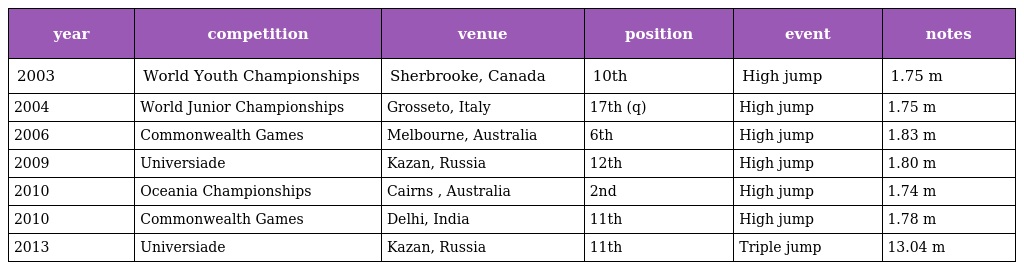
| year | competition | venue | position | event | notes |
 | --- | --- | --- | --- | --- | --- |
 | 2003 | World Youth Championships | Sherbrooke, Canada | 10th | High jump | 1.75 m |
 | 2004 | World Junior Championships | Grosseto, Italy | 17th (q) | High jump | 1.75 m |
 | 2006 | Commonwealth Games | Melbourne, Australia | 6th | High jump | 1.83 m |
 | 2009 | Universiade | Kazan, Russia | 12th | High jump | 1.80 m |
 | 2010 | Oceania Championships | Cairns , Australia | 2nd | High jump | 1.74 m |
 | 2010 | Commonwealth Games | Delhi, India | 11th | High jump | 1.78 m |
 | 2013 | Universiade | Kazan, Russia | 11th | Triple jump | 13.04 m |